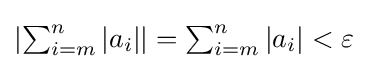
{\textstyle \left|\sum _{i=m}^{n}\left|a_{i}\right|\right|=\sum _{i=m}^{n}|a_{i}|<\varepsilon }